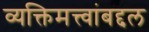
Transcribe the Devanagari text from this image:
व्यक्तिमत्त्वांबद्दल